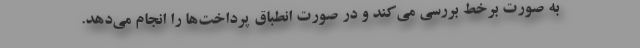
به صورت برخط بررسی می‌کند و در صورت انطباق پرداخت‌ها را انجام می‌دهد.